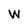
Character: W